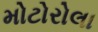
મોટોરોલા